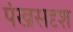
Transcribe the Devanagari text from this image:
पंखसदृश